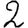
Digit: 2